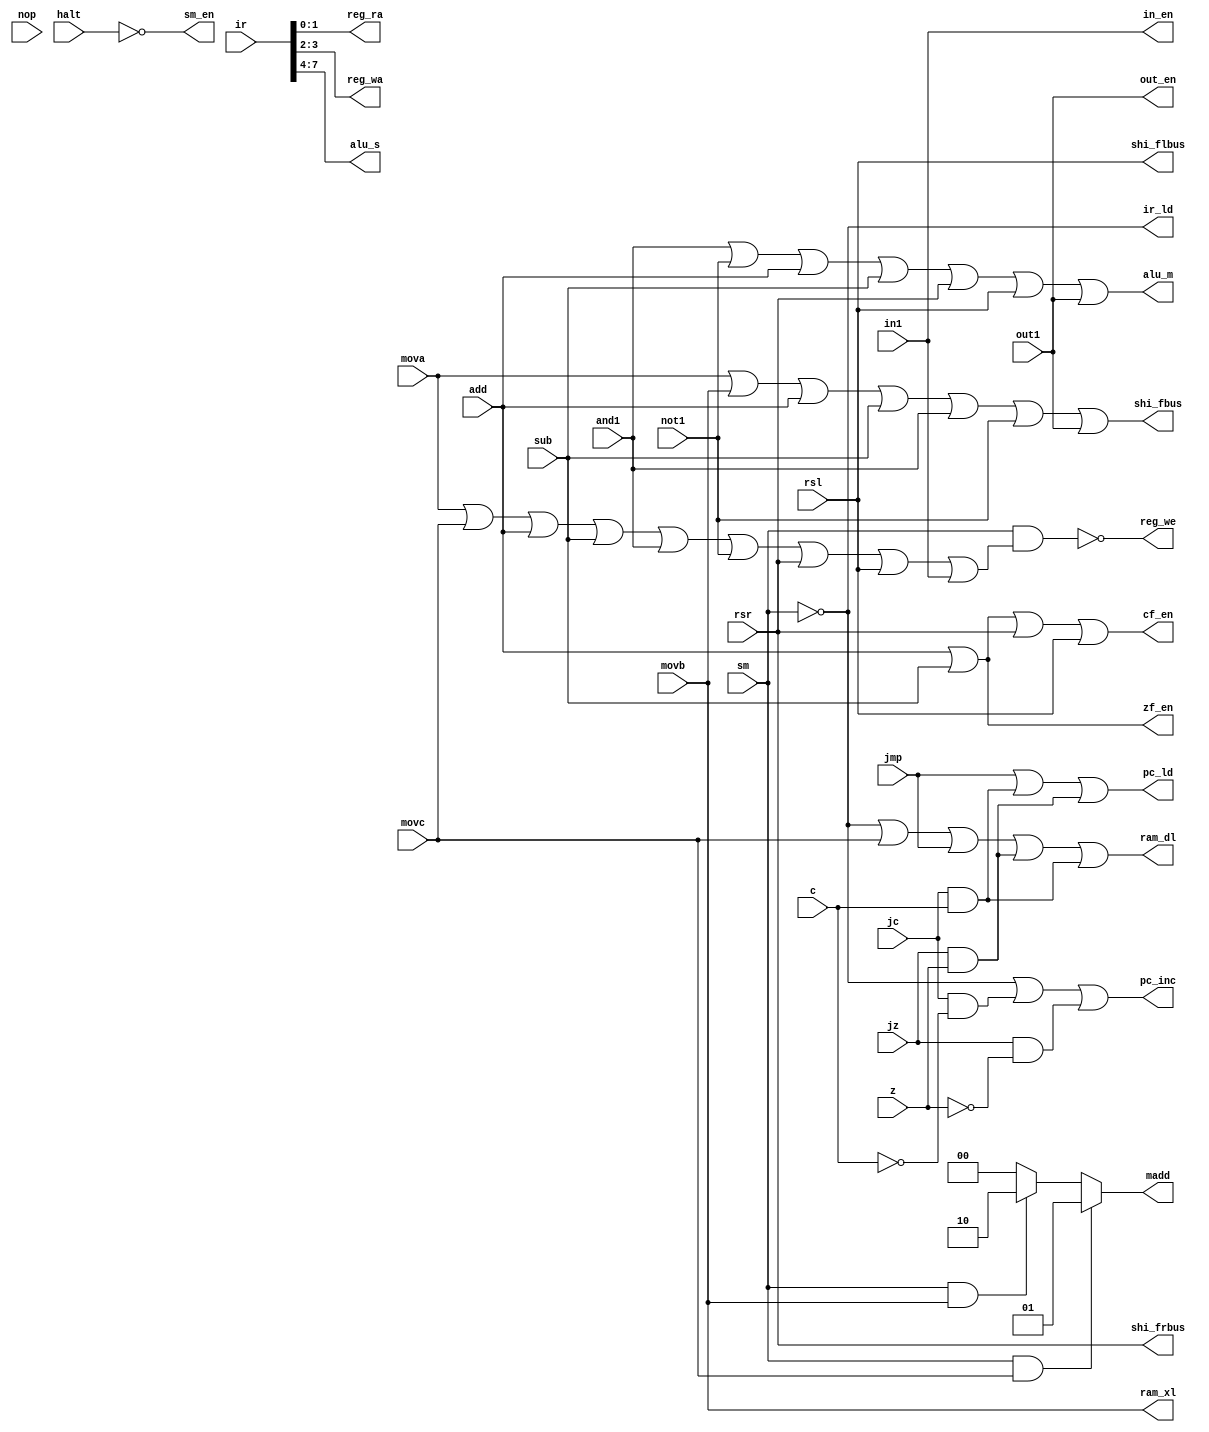
module con_signal(
    input mova,movb,movc,add,sub,and1,not1,rsr,rsl,jmp,jz,z,jc,c,in1,out1,nop,halt,sm,
    input [7:0] ir,
    output reg[1:0] reg_ra,reg_wa,madd,
    output reg[3:0] alu_s,
    output reg pc_ld,pc_inc,reg_we,ram_xl,ram_dl,alu_m,shi_fbus,shi_flbus,shi_frbus,ir_ld,cf_en,zf_en,sm_en,in_en,out_en);
     always @(*)
     begin
        sm_en=~halt;
        ir_ld=~sm;
        ram_dl=(~sm)|movc|jmp|(jz&z)|(jc&c);
        ram_xl=movb;
        shi_fbus=mova|movb|add|sub|and1|not1|out1;
        shi_flbus=rsl;
        shi_frbus=rsr;
        alu_s=ir[7:4];
        alu_m=and1|not1|add|sub|rsr|rsl|out1;
        cf_en=add|sub|rsr|rsl;
        zf_en=add|sub;
        pc_ld=jmp|(jc&c)|(jz&z);
        pc_inc=(~sm)|(jc&(~c))|(jz&(~z));
        reg_we=~(sm&(mova|movc|add|sub|and1|not1|rsr|rsl|in1));
        in_en=in1;
        out_en=out1;
        reg_ra=ir[1:0];
        reg_wa=ir[3:2];
        if(sm==1&&movc==1) madd=01;
        else if(sm==1&&movb==1) madd=2'b10;
        else madd=00;
      end
endmodule